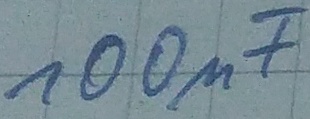
Text: 100µF